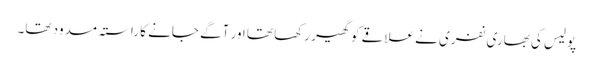
پولیس کی بھاری نفری نے علاقے کو گھیر رکھا تھا اور آگے جانے کا راستہ مسدود تھا۔